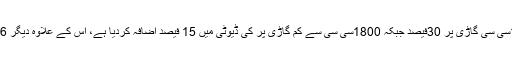
تفصیلات کے مطابق ایف بی آر کی جانب سے 1800سی سی گاڑی پر 30فیصد جبکہ 1800سی سی سے کم گاڑی پر کی ڈیوٹی میں 15 فیصد اضافہ کردیا ہے، اس کے علاوہ دیگر 356 پرتعیش اشیاء پر در آمدی ڈیوٹی بڑھادی گئی ہے۔